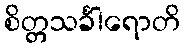
စိတ္တသင်္ခါရောတိ